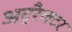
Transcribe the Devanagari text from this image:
अट्रैक्टर